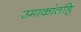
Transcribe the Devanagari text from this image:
उमाकांतहि